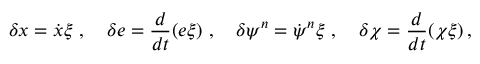
\delta x = \dot { x } \xi \, \, , \, \, \, \, \, \, \delta e = \frac { d } { d t } ( e \xi ) \, \, , \, \, \, \, \, \, \delta \psi ^ { n } = \dot { \psi } ^ { n } \xi \, \, , \, \, \, \, \, \, \delta \chi = \frac { d } { d t } ( \chi \xi ) \, ,